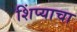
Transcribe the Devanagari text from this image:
शिंप्याचा